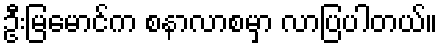
ဦးမြမောင်က စနာလာစမှာ လာပြပါတယ်။